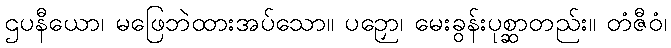
ဌပနီယော၊ မဖြေဘဲထားအပ်သော။ ပဉှော၊ မေးခွန်းပုစ္ဆာတည်း။ တံဇီဝံ၊